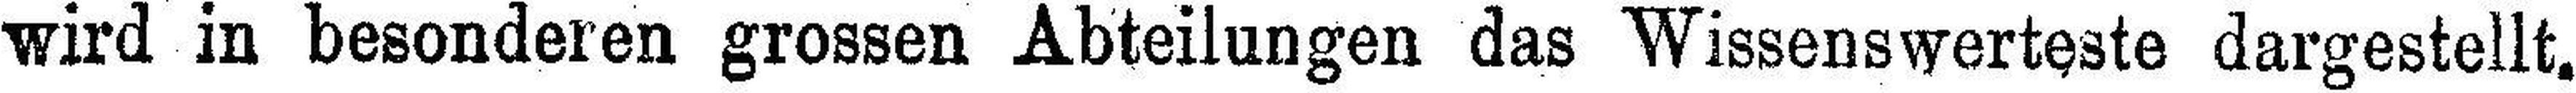
wird in besonderen grossen Abteilungen das Wissenswerteste dargestellt.